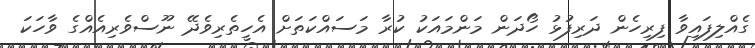
ގެއްލިފައިވާ ފިރިހެން ދަރިފުޅު ހޯދަން މަންމައަކު ކުރާ މަސައްކަތަށް އެހީތެރިވެދޭ ނޫސްވެރިއެއްގެ ވާހަކަ